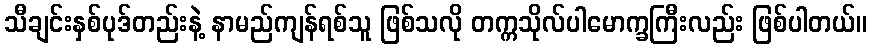
သီချင်းနှစ်ပုဒ်တည်းနဲ့ နာမည်ကျန်ရစ်သူ ဖြစ်သလို တက္ကသိုလ်ပါမောက္ခကြီးလည်း ဖြစ်ပါတယ်။